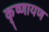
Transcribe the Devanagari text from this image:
कृष्णायण